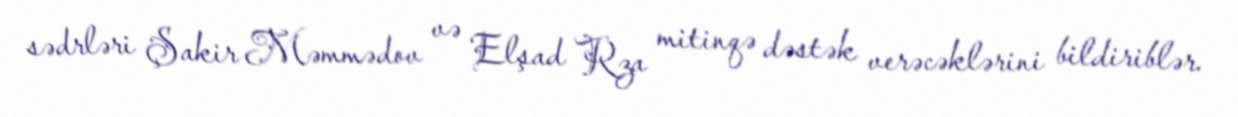
sədrləri Şakir Məmmədov və Elşad Rza mitinqə dəstək verəcəklərini bildiriblər.